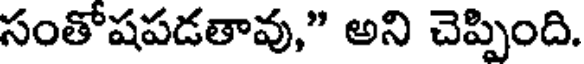
సంతోషపడతావు," అని చెప్పింది.